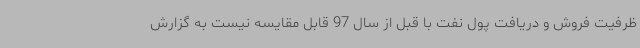
ظرفیت فروش و دریافت پول نفت با قبل از سال 97 قابل مقایسه نیست به گزارش